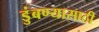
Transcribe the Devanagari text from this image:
डुंबण्यासाठी